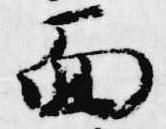
面